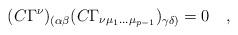
LaTeX: \begin{align*}(C \Gamma^\nu)_{(\alpha \beta} (C \Gamma_{\nu \mu_1 \dots\mu_{p-1}})_{\gamma \delta)}=0\quad,\end{align*}